Vaccination North-Western Provinces and Oudh 1896-1901 - 1896-1901
Year: 1896
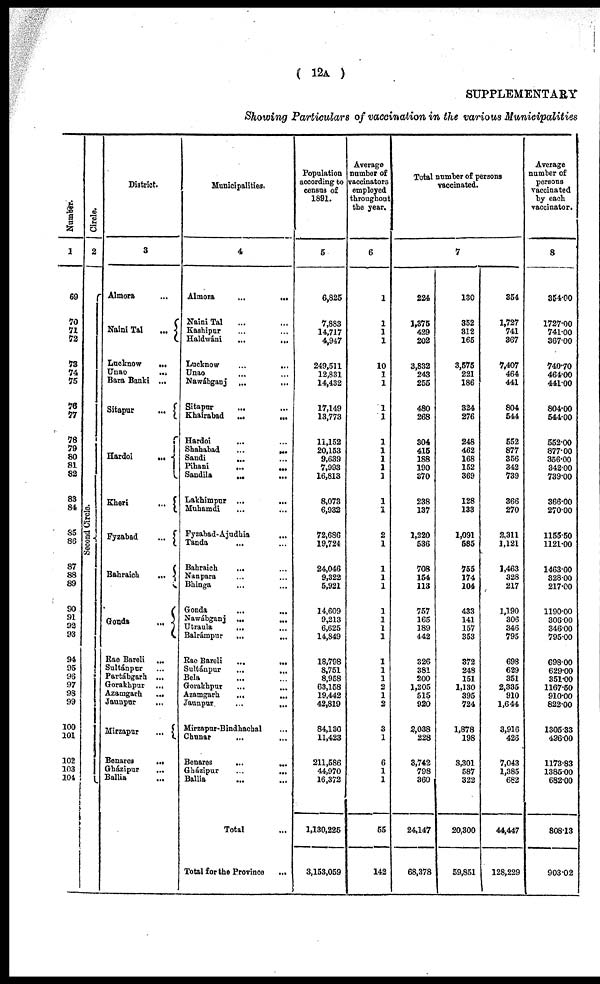
( 12A )
SUPPLEMENTARY
Showing Particulars of vaccination in the various Municipalities
Number.
1
69
70
71
72
73
74
75
76
77
78
79
80
81
82
83
84
S5
86
87
88
89
90
91
92
93
94
95
96
97
98
99
100
101
102
103
104
Circle.
2
Second Circle.
District.
3
Almora ...
Naini Tal
...
Lucknow
...
Unao
...
Bara Banki ...
Sitapur
...
Hardoi
...
Kheri
...
Fyzabad
...
Bahraich
...
Gonda
...
Rae Bareli ...
Sultánpur ...
Partábgarh ...
Gorakhpur ...
Azamgarh
...
Jaunpur
...
Mirzapur
...
Benares
...
Gházipur
...
Ballia ...
Municipalities.
4
Almora
...
...
Naini Tal ... ...
Kashipar ... ...
Haldwáni
...
...
Lucknow
...
...
Unao ... ...
Nawábganj
...
...
Sitapur ... ...
Khairabad
...
...
Hardoi ... ...
Shahabad
...
...
Sandi
...
...
Pihani ... ...
Sandila
...
...
Lakhimpur
...
...
Muhamdi ... ...
Fyzabad-Ajudhia ...
Tanda ... ...
Bahraich ... ...
Nanpara ... ...
Bhinga ... ...
Gonda ... ...
Nawábganj
...
...
Utraula ... ...
Balrámpur
...
...
Rae Bareli
...
...
Sultánpur
...
...
Bela ... ...
Gorakhpur ... ...
Azamgarh
...
...
Jaunpur
...
...
Mirzapur-Bindhachal ...
Chunar ... ...
Benares
...
...
Gházipur
...
...
Ballia ... ...
Total ...
Total for the Province
...
Population
according to
census of
1891.
5
6,825
7,883
14,717
4,947
249,511
12,831
14,432
17,149
13,773
11,152
20,153
9,639
7,993
16,813
8,073
6,932
72,686
19,724
24,046
9,322
5,921
14,609
9,213
6,625
14,849
18,798
8,751
8,958
63,158
19,442
42,819
84,130
11,423
211,586
44,970
16,372
1,130,225
3,153,059
Average
number of
vaccinators
employed
throughout
the year.
6
1
1
1
1
10
1
1
1
1
1
1
1
1
1
1
1
2
1
1
1
1
1
1
1
1
1
1
1
2
1
2
3
1
6
1
1
55
142
Total number of persons
vaccinated.
7
224
1,375
429
202
3,832
243
255
480
268
304
415
188
190
370
238
137
1,220
536
708
154
113
757
165
189
442
326
381
200
1,205
515
920
2,038
228
3,742
798
360
24,147
68,378
130
352
312
165
3,575
221
186
324
276
248
462
168
152
369
128
133
1,091
585
755
174
104
433
141
157
353
372
248
151
1,130
395
724
1,878
198
3,301
587
322
20,300
59,851
354
1,727
741
367
7,407
464
441
804
544
552
877
356
342
739
366
270
2,311
1,121
1,463
328
217
1,190
306
346
795
698
629
351
2,335
910
1,644
3,916
426
7,043
1,385
682
44,447
128,229
Average
number of
persons
vaccinated
by each
vaccinator.
8
354.00
172.700
741.00
367.00
740.70
464.00
441.00
804.00
544.00
552.00
877.00
356.00
342.00
739.00
366.00
270.00
1155.50
1121.00
1463.00
328.00
217.00
1190.00
306.00
346.00
795.00
698.00
629.00
351.00
1167.50
910.00
822.00
1305.33
426.00
1173.83
1385.00
682.00
808.13
903.02